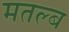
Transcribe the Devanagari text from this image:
मतल्ब